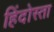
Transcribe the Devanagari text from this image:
हिंदोस्ता